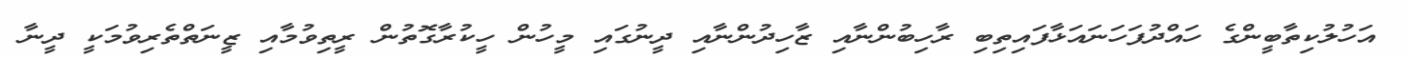
އަހުލުކިތާބީންގެ ހައްދުފަހަނައަޅާފައިތިބި ރާހިބުންނާއި ޒާހިދުންނާއި ދީނުގައި މީހުން ހީކުރާގޮތުން ރީތިވުމާއި ޒީނަތްތެރިވުމަކީ ދީނާ